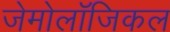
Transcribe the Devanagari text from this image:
जेमोलॉजिकल